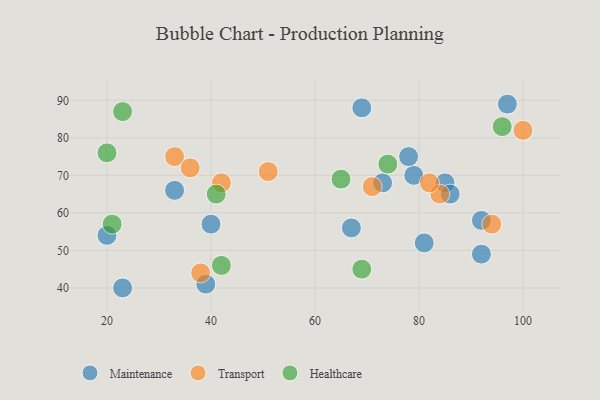
{"axis": {"x": "GDP", "y": "Life Expectancy"}, "legend": ["Healthcare", "Maintenance", "Transport"], "data": [{"x": "79", "y": 70, "type": "Maintenance"}, {"x": "92", "y": 58, "type": "Maintenance"}, {"x": "73", "y": 68, "type": "Maintenance"}, {"x": "85", "y": 68, "type": "Maintenance"}, {"x": "40", "y": 57, "type": "Maintenance"}, {"x": "33", "y": 66, "type": "Maintenance"}, {"x": "97", "y": 89, "type": "Maintenance"}, {"x": "39", "y": 41, "type": "Maintenance"}, {"x": "78", "y": 75, "type": "Maintenance"}, {"x": "69", "y": 88, "type": "Maintenance"}, {"x": "81", "y": 52, "type": "Maintenance"}, {"x": "20", "y": 54, "type": "Maintenance"}, {"x": "67", "y": 56, "type": "Maintenance"}, {"x": "92", "y": 49, "type": "Maintenance"}, {"x": "23", "y": 40, "type": "Maintenance"}, {"x": "86", "y": 65, "type": "Maintenance"}, {"x": "71", "y": 67, "type": "Transport"}, {"x": "38", "y": 44, "type": "Transport"}, {"x": "94", "y": 57, "type": "Transport"}, {"x": "42", "y": 68, "type": "Transport"}, {"x": "100", "y": 82, "type": "Transport"}, {"x": "33", "y": 75, "type": "Transport"}, {"x": "51", "y": 71, "type": "Transport"}, {"x": "36", "y": 72, "type": "Transport"}, {"x": "84", "y": 65, "type": "Transport"}, {"x": "82", "y": 68, "type": "Transport"}, {"x": "74", "y": 73, "type": "Healthcare"}, {"x": "20", "y": 76, "type": "Healthcare"}, {"x": "69", "y": 45, "type": "Healthcare"}, {"x": "65", "y": 69, "type": "Healthcare"}, {"x": "21", "y": 57, "type": "Healthcare"}, {"x": "41", "y": 65, "type": "Healthcare"}, {"x": "96", "y": 83, "type": "Healthcare"}, {"x": "42", "y": 46, "type": "Healthcare"}, {"x": "23", "y": 87, "type": "Healthcare"}]}